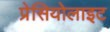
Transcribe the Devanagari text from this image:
प्रेसियोलाइट